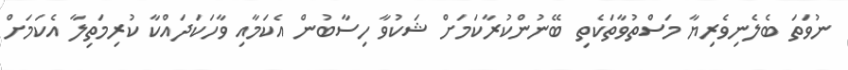
ނުވަތަ ބެލެނިވެރިޔާ މަސްތުވާތަކެތި ބޭނުންކުރާކަމަށް ޝަކުވާ ހިސާބުން އެކަމާއި ވާހަކަދައްކާ ކުރިމަތިލާ އެކަމަށް